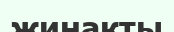
жинакты